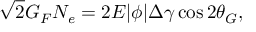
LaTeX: \sqrt { 2 } G _ { F } N _ { e } = 2 E | \phi | \Delta \gamma \cos 2 \theta _ { G } ,